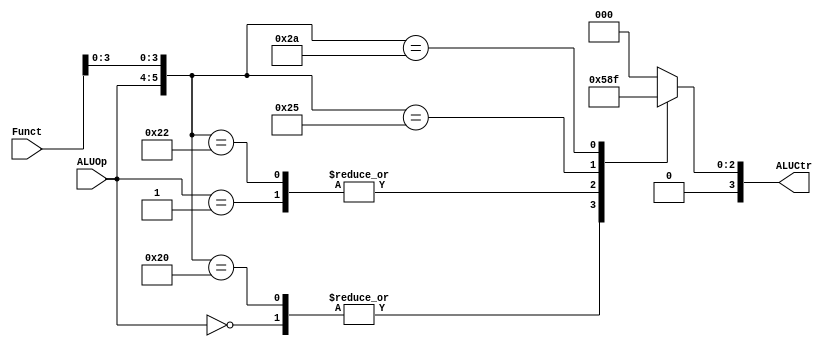
`timescale 1ns / 1ps

module ALUCtr (
    input [1:0] ALUOp,
    input [5:0] Funct,
    output reg [3:0] ALUCtr
);
    always @(ALUOp or Funct) begin
        casex ({ALUOp, Funct})
            8'b00xxxxxx: ALUCtr[3:0] = 4'b0010;// lw, sw
            8'b01xxxxxx: ALUCtr[3:0] = 4'b0110;// beq
            8'b10xx0000: ALUCtr[3:0] = 4'b0010;// add
            8'b10xx0010: ALUCtr[3:0] = 4'b0110;// sub
            8'b10xx0100: ALUCtr[3:0] = 4'b0000;// and 
            8'b10xx0101: ALUCtr[3:0] = 4'b0001;// or
            8'b10xx1010: ALUCtr[3:0] = 4'b0111;// slt
            8'b11xxxxxx: ALUCtr[3:0] = 4'b0000;// andi->and
            8'b00xx0000: ALUCtr[3:0] = 4'b0010;// lb
            8'b00xx0010: ALUCtr[3:0] = 4'b0010;// lbu
            8'b00xx0011: ALUCtr[3:0] = 4'b0010;// lh
            8'b00xx0110: ALUCtr[3:0] = 4'b0010;// lhu
            8'b10001000: ALUCtr[3:0] = 4'b0000;// jr
            default:     ALUCtr[3:0] = 4'b0000;// initial
        endcase
    end
endmodule